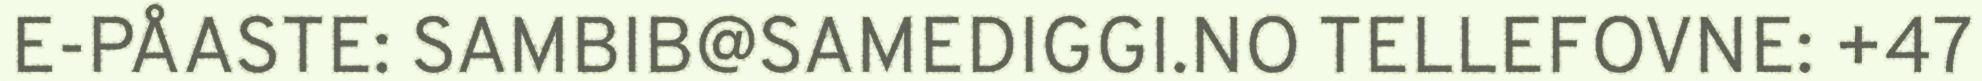
E-PÅASTE: SAMBIB@SAMEDIGGI.NO TELLEFOVNE: +47